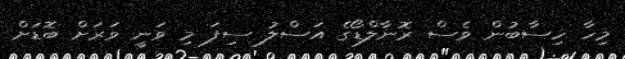
މިހާ ހިސާބުން ވެސް ރޮނާލްޑޯގެ އަސްލު ސިފަ މި ވަނީ ވަރަށް ބޮޑަށް